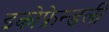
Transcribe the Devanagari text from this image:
इकोफ्रेन्डली